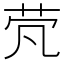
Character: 䒮